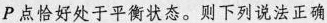
Р点恰好处于平衡状态。则下列说法正确